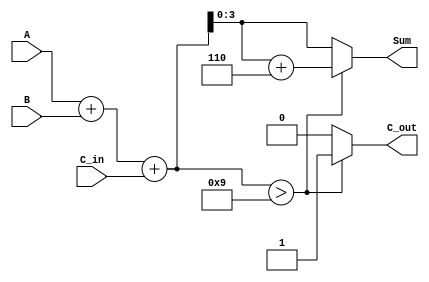
module BCD_Conditional_Adder (
    input  [3:0] A,        // First BCD digit
    input  [3:0] B,        // Second BCD digit
    input        C_in,      // Carry input
    output reg [3:0] Sum,   // BCD sum output
    output reg C_out        // Carry output
);

    wire [4:0] Temp_Sum;       // 5-bit to hold the sum (A + B + C_in)
    
    // Step 1: Initial Addition
    assign Temp_Sum = A + B + C_in;

    // Step 2: Check for BCD Validity and adjust if necessary
    always @(*) begin
        if (Temp_Sum > 9) begin
            Sum = Temp_Sum + 4'd6; // Adjust for BCD
            C_out = 1;              // Indicate carry out
        end else begin
            Sum = Temp_Sum[3:0];    // No adjustment needed
            C_out = 0;              // No carry out
        end
    end

endmodule